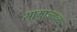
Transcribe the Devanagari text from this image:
साम्राज्यच्या